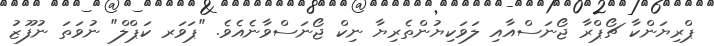
ޕްރިޔަންކާ ޗޯޕްރާ ޖޯނަސްއާއި ލަވަކިޔުންތެރިޔާ ނިކް ޖޯނަސްވާނެއެވެ. "ޕަވަރ ކަޕްލް" ނުވަތަ ނުފޫޒު